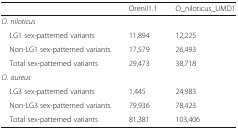
|  | Orenil1.1 | O_niloticus_UMD1 |
 | --- | --- | --- |
 | <COLSPAN=3> O. niloticus |
 | LG1 sex-patterned variants | 11,894 | 12,225 |
 | Non-LG1 sex-patterned variants | 17,579 | 26,493 |
 | Total sex-patterned variants | 29,473 | 38,718 |
 | <COLSPAN=3> O. aureus |
 | LG3 sex-patterned variants | 1,445 | 24,983 |
 | Non-LG3 sex-patterned variants | 79,936 | 78,423 |
 | Total sex-patterned variants | 81,381 | 103,406 |